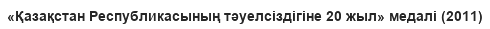
«Қазақстан Республикасының тәуелсіздігіне 20 жыл» медалі (2011)